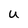
Character: U